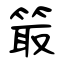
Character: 箃